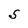
Character: S